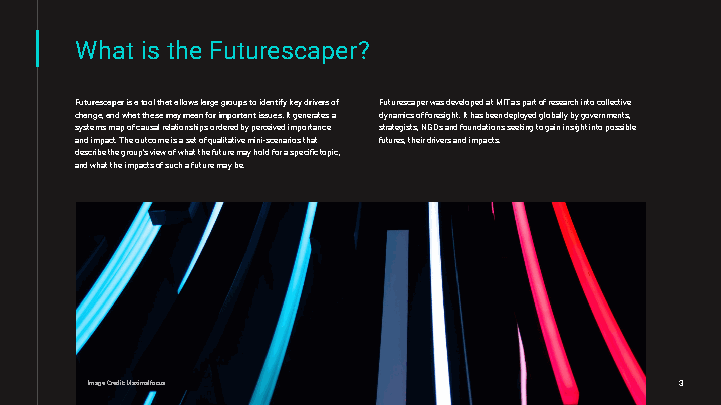
What is the Futurescaper?
 Futurescaperisatoolthatallowslargegroupstoidentifykeydriversof FuturescaperwasdevelopedatMITaspartofresearchintocollective
 change,andwhatthesemaymeanforimportantissues.Itgeneratesa dynamicsofforesight.Ithasbeendeployedgloballybygovernments,
 systemsmapofcausalrelationshipsorderedbyperceivedimportance strategists,NGOsandfoundationsseekingtogaininsightintopossible
 andimpact.Theoutcomeisasetofqualitativemini-scenariosthat futures,theirdriversandimpacts.
 describethegroup’sviewofwhatthefuturemayholdforaspecifictopic,
 andwhattheimpactsofsuchafuturemaybe.
 ImageCredit:Maximalfocus               3